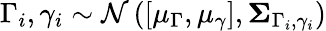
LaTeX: \Gamma_{i},\gamma_{i}\sim\mathcal{N}\left([\mu_{\Gamma},\mu_{\gamma}],\boldsymbol{\Sigma}_{\Gamma_{i},\gamma_{i}}\right)